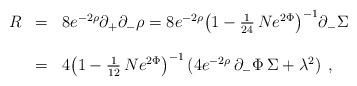
LaTeX: \begin{align*}\begin{array}{lll}R&=&8e^{-2\rho}\partial_+\partial_-\rho=8e^{-2\rho}{\left(1-{1\over24}\,Ne^{2\Phi}\right)}^{-1}\partial_-\Sigma\\\\\ &=&4{\left(1-{1\over12}\,Ne^{2\Phi}\right)}^{-1}\left(4e^{-2\rho}\,\partial_-\Phi\,\Sigma+\lambda^2\right)\;,\end{array}\end{align*}